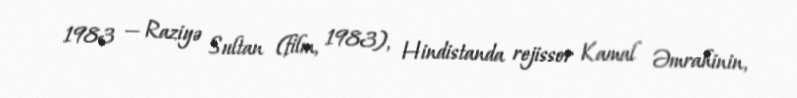
1983 — Raziyə Sultan (film, 1983), Hindistanda rejissor Kamal Əmrahinin,